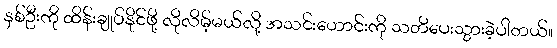
နှစ်ဦးကို ထိန်းချုပ်နိုင်ဖို့ လိုလိမ့်မယ်လို့ အသင်းဟောင်းကို သတိပေးသွားခဲ့ပါတယ်။